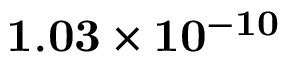
\mathbf { 1 . 0 3 \times 1 0 ^ { - 1 0 } }